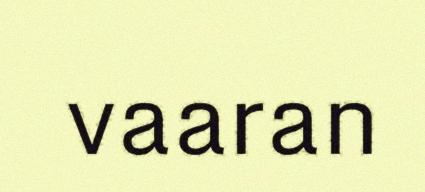
vaaran